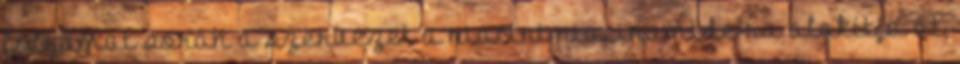
folyamat során a szervezet a niacint niacinamide-ra alakítja át,